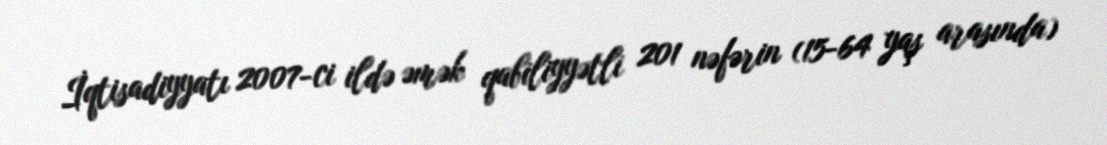
İqtisadiyyatı 2007-ci ildə əmək qabiliyyətli 201 nəfərin (15-64 yaş arasında)